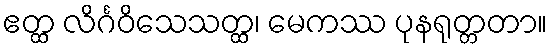
ဧတ္ထ လိင်္ဂဝိသေသတ္ထ၊ မေကဿ ပုနရုတ္တတာ။